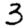
Digit: 3